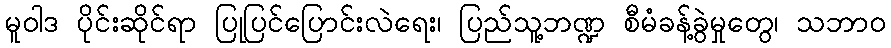
မူဝါဒ ပိုင်းဆိုင်ရာ ပြုပြင်ပြောင်းလဲရေး၊ ပြည်သူ့ဘဏ္ဍ စီမံခန့်ခွဲမှုတွေ၊ သဘာဝ